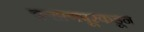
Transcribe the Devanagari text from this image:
बऱ्हाणपूरकडून